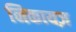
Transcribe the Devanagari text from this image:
निकायज़